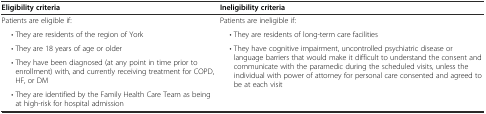
<table><thead><tr><td><b>Eligibility criteria</b></td><td><b>Ineligibility criteria</b></td></tr></thead><tbody><tr><td>Patients are eligible if:</td><td>Patients are ineligible if:</td></tr><tr><td>• They are residents of the region of York</td><td>• They are residents of long-term care facilities</td></tr><tr><td>• They are 18 years of age or older</td><td rowspan="3">• They have cognitive impairment, uncontrolled psychiatric disease or language barriers that would make it difficult to understand the consent and communicate with the paramedic during the scheduled visits, unless the individual with power of attorney for personal care consented and agreed to be at each visit</td></tr><tr><td>• They have been diagnosed (at any point in time prior to enrollment) with, and currently receiving treatment for COPD, HF, or DM</td></tr><tr><td>• They are identified by the Family Health Care Team as being at high-risk for hospital admission</td></tr></tbody></table>